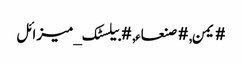
#یمن, #صنعاء, #بیلسٹک_میزائل